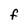
Character: F